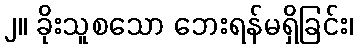
၂။ ခိုးသူစသော ဘေးရန်မရှိခြင်း၊